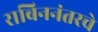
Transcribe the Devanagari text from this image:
राबिननंतरचे